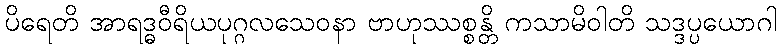
ပိရေတိ အာရဒ္ဓဝီရိယပုဂ္ဂလသေဝနာ ဗာဟုဿစ္စန္တိ ကသာမိဝါတိ သဒ္ဒပ္ပယောဂါ